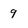
Character: 9